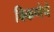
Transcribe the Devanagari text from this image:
विकणेचे